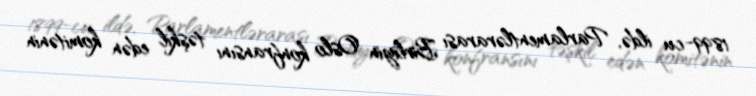
1899-cu ildə, Parlamentlərarası Birliyin Oslo konfransını təşkil edən komitənin